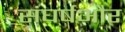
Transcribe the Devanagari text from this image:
संघर्षऔर